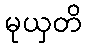
မုယှတိ